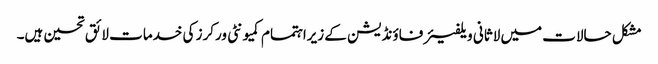
مشکل حالات میں لاثانی ویلفیئرفاؤنڈیشن کے زیراہتمام کمیونٹی ورکرز کی خدمات لائق تحسین ہیں۔